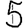
Digit: 5